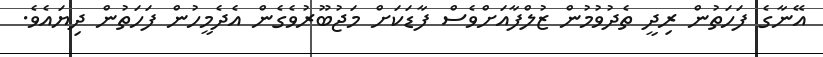
އޭނާގެ ފަހަތުން ރިދީ ތެދުވުމުން ޒުލްފާއަށްވެސް ފާޑަކަށް މަޖުބޫރުވެގެން އެދެމީހުން ފަހަތުން ދިޔައެވެ.